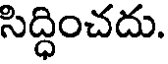
సిద్ధించదు.